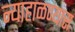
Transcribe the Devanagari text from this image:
न्याहाळण्यास